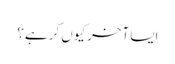
ایسا آخر کیوں کر ہے؟